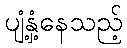
ပျံ့နှံ့နေသည့်